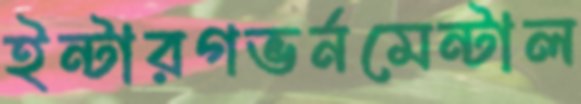
ইন্টারগভর্নমেন্টাল